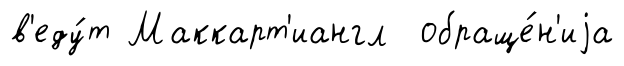
в'еду́т Маккарт'иангл обраще́н'иjа